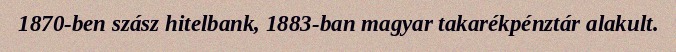
1870-ben szász hitelbank, 1883-ban magyar takarékpénztár alakult.